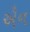
ઐન